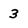
Character: 3